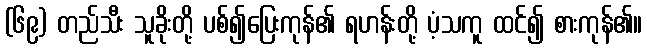
(၆၉) တည်သီး သူခိုးတို့ ပစ်၍ပြေးကုန်၏ ရဟန်းတို့ ပံ့သကူ ထင်၍ စားကုန်၏။